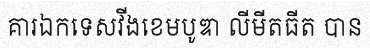
គារឯកទេសវីងខេមបូឌា លីមីតធីត បាន